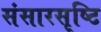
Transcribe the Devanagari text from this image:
संसारसृष्टि